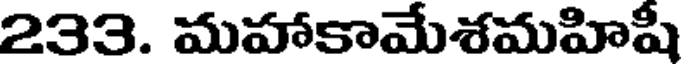
233. మహాకామేశమహిషీ